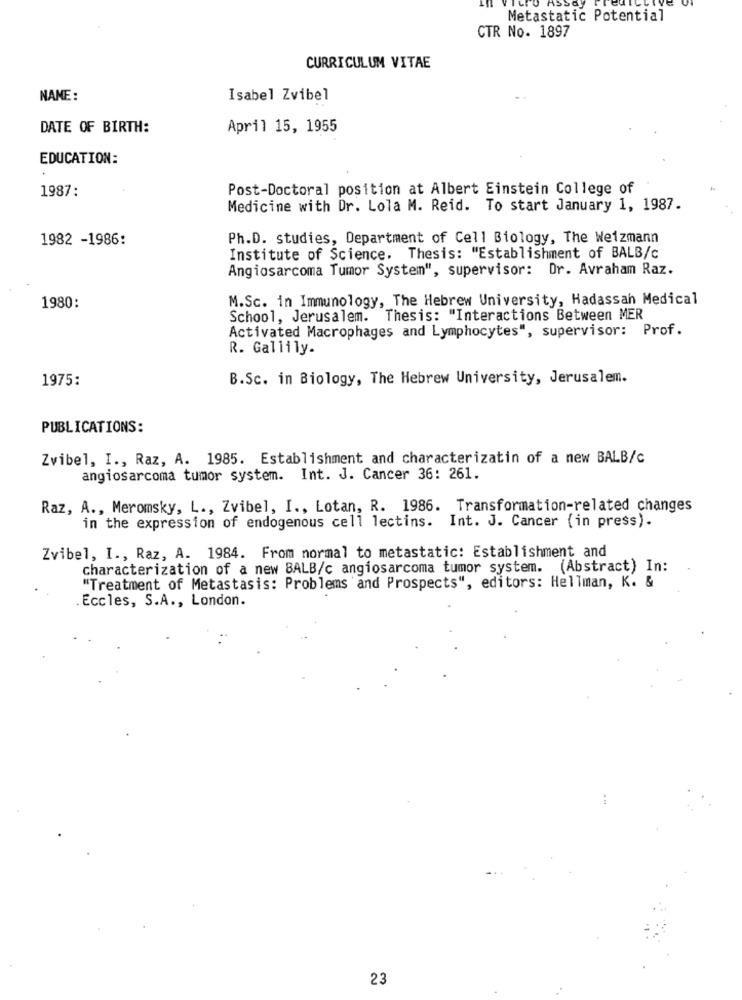
LFO ASSAY
Metastatic Potential
CTR No. 1897
CURRICULUM VITAE
NAME:
Isabel Zvibel
DATE OF BIRTH:
April 15, 1955
EDUCATION:
Post-Doctoral position at Albert Einstein College of
1987:
Medicine with Dr. Lola M. Reid. To start January 1, 1987.
1982 -1986:
Ph.D. studies, Department of Cell Biology, The Weizmann
Institute of Science. Thesis: "Establishment of BALB/c
Angiosarcoma Tumor System", supervisor: Dr. Avraham Raz.
M.Sc. in Immunology, The Hebrew University, Hadassah Medical
1980:
School, Jerusalem. Thesis: "Interactions Between MER
Activated Macrophages and Lymphocytes", supervisor: Prof.
R. Gallily.
1975:
B.Sc. in Biology, The Hebrew University, Jerusalem.
PUBLICATIONS:
Zvibel, I ., Raz, A. 1985. Establishment and characterizatin of a new BALB/c
angiosarcoma tumor system. Int. J. Cancer 36: 261.
Raz, A ., Meromsky, L ., Zvibel, I ., Lotan, R. 1986. Transformation-related changes
in the expression of endogenous cell lectins. Int. J. Cancer (in press).
Zvibel, I ., Raz, A. 1984. From normal to metastatic: Establishment and
characterization of a new BALB/c angiosarcoma tumor system. (Abstract) In:
"Treatment of Metastasis: Problems and Prospects", editors: Hellman, K. &
.Eccles, S.A ., London.
23